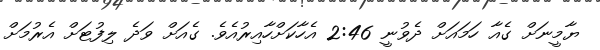
ޔާމީނަށް ގެއާ ހަމައަށް ދެވުނީ 2:46 އެހާކަށްހާއިރުއެވެ. ގެއަށް ވަދެ ލިފުޓަށް އެރުމަށް